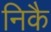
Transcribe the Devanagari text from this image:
निकै